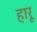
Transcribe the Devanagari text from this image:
हारू